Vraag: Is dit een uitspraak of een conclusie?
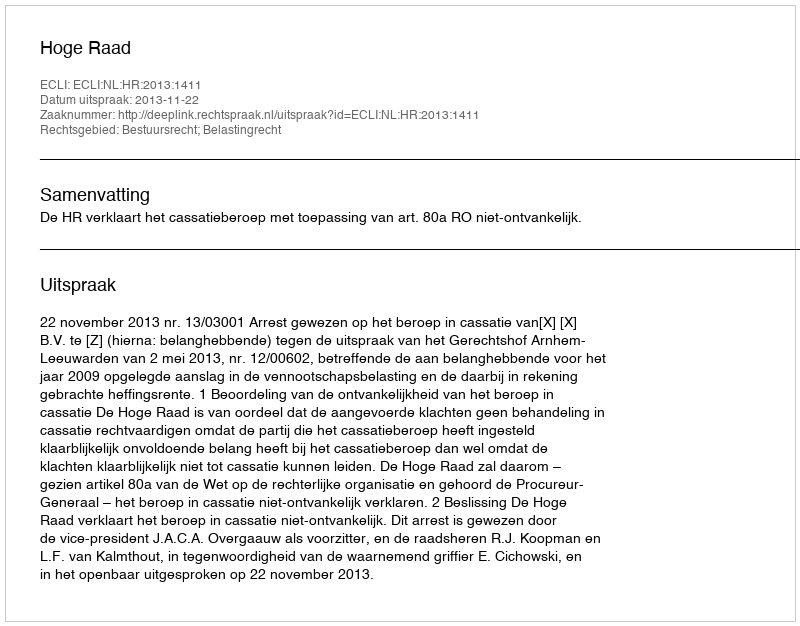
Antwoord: Uitspraak